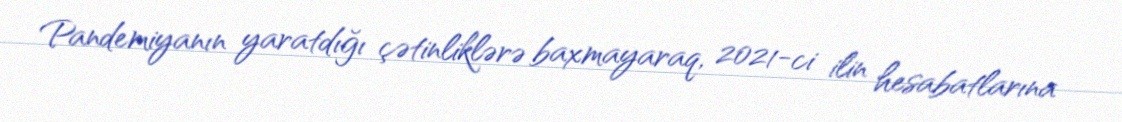
Pandemiyanın yaratdığı çətinliklərə baxmayaraq, 2021-ci ilin hesabatlarına